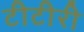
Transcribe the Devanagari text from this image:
टीटीरी